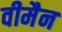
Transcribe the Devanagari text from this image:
वीमैन